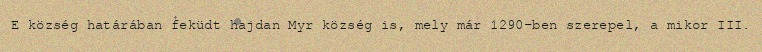
E község határában feküdt hajdan Myr község is, mely már 1290-ben szerepel, a mikor III.